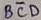
Text: BCD